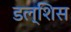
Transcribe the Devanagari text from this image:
डल्शिस